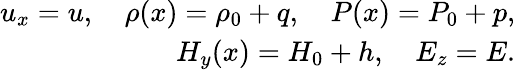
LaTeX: \begin{array}{r}{u_{x}=u,\quad\rho(x)=\rho_{0}+q,\quad P(x)=P_{0}+p,}\\ {H_{y}(x)=H_{0}+h,\quad E_{z}=E.}\end{array}